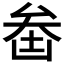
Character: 𠫻